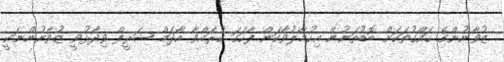
ޒުވާނުންގެ ހައްގުތަކަށް ބޮޑުތަނުން އިހުމާލުވާކަން ފާހަގަ ކުރައްވާ އާދަމް ޝަރީފް ވިދާޅުވީ ޒުވާނުންނަކީ